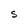
Character: S